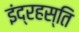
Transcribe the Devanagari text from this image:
इंद्रहस्ति